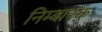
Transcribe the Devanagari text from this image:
निम्बारक